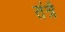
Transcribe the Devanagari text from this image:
तंत्रै